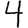
Digit: 4